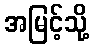
အမြင့်သို့